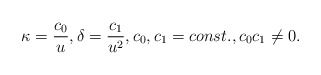
\begin{align*}\kappa=\frac{c_{0}}{u},\delta=\frac{c_{1}}{u^{2}},c_{0},c_{1}=const.,c_{0}c_{1}\neq0. \end{align*}